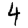
Digit: 4